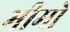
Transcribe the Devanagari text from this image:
भीमो